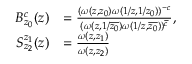
\begin{array} { r l } { B _ { z _ { 0 } } ^ { c } ( z ) } & { = \frac { ( \omega ( z , z _ { 0 } ) \omega ( 1 / z , 1 / z _ { 0 } ) ) ^ { - c } } { ( \omega ( z , 1 / \overline { { z _ { 0 } } } ) \omega ( 1 / z , \overline { { z _ { 0 } } } ) ) ^ { \overline { { c } } } } , } \\ { S _ { z _ { 2 } } ^ { z _ { 1 } } ( z ) } & { = \frac { \omega ( z , z _ { 1 } ) } { \omega ( z , z _ { 2 } ) } } \end{array}